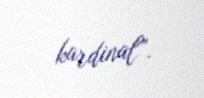
kardinal”.